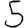
Digit: 5